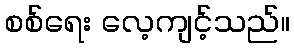
စစ်ရေး လေ့ကျင့်သည်။